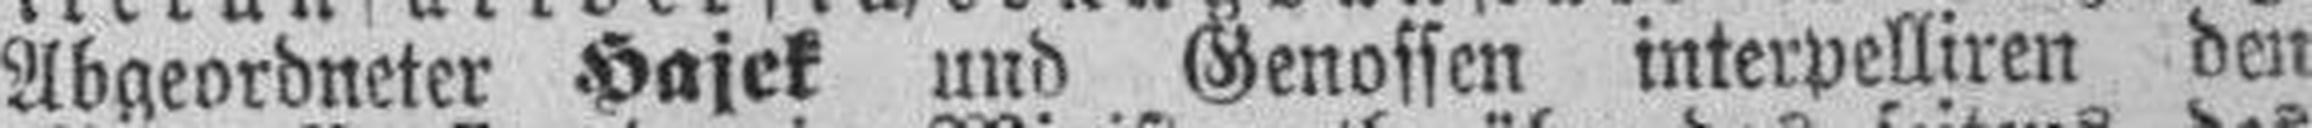
Abgeordneter Hajek und Genossen interpelliren den